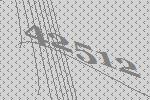
42512